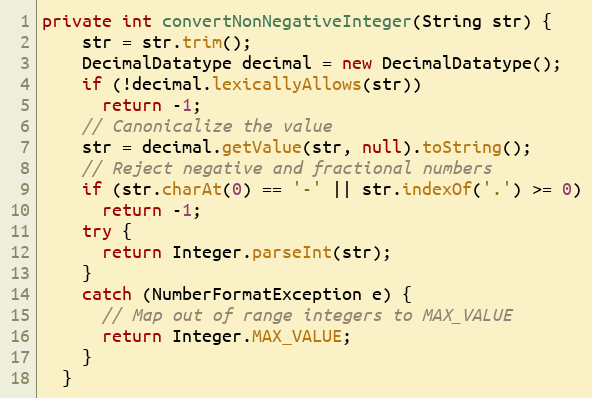
Language: Java
private int convertNonNegativeInteger(String str) {
    str = str.trim();
    DecimalDatatype decimal = new DecimalDatatype();
    if (!decimal.lexicallyAllows(str))
      return -1;
    // Canonicalize the value
    str = decimal.getValue(str, null).toString();
    // Reject negative and fractional numbers
    if (str.charAt(0) == '-' || str.indexOf('.') >= 0)
      return -1;
    try {
      return Integer.parseInt(str);
    }
    catch (NumberFormatException e) {
      // Map out of range integers to MAX_VALUE
      return Integer.MAX_VALUE;
    }
  }